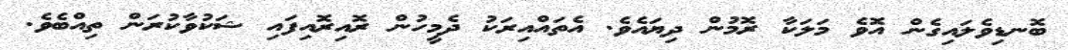
ބޮނޑިވެލައިގެން އޮވެ މަލަކާ ރޮމުން ދިޔައެވެ. އެތައްއިރަކު ދެމީހުން ރޮއިރޮއިފައި ޝަކުވާކުރަން ތިއްބެވެ.